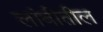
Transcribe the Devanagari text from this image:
लांबीतील